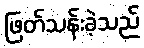
ဖြတ်သန်းခဲ့သည်